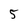
Character: 5